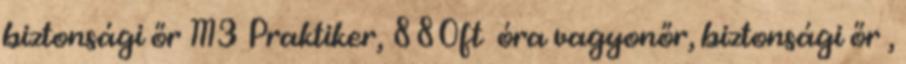
biztonsági őr M3 Praktiker, 880ft óra vagyonőr, biztonsági őr ,